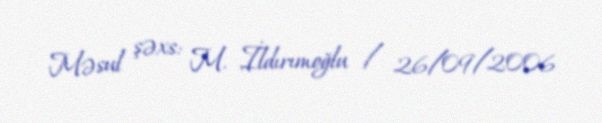
Məsul şəxs: M. İldırımoğlu / 26/09/2006